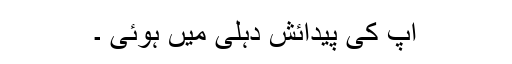
آپ کی پیدائش دہلی میں ہوئی ۔